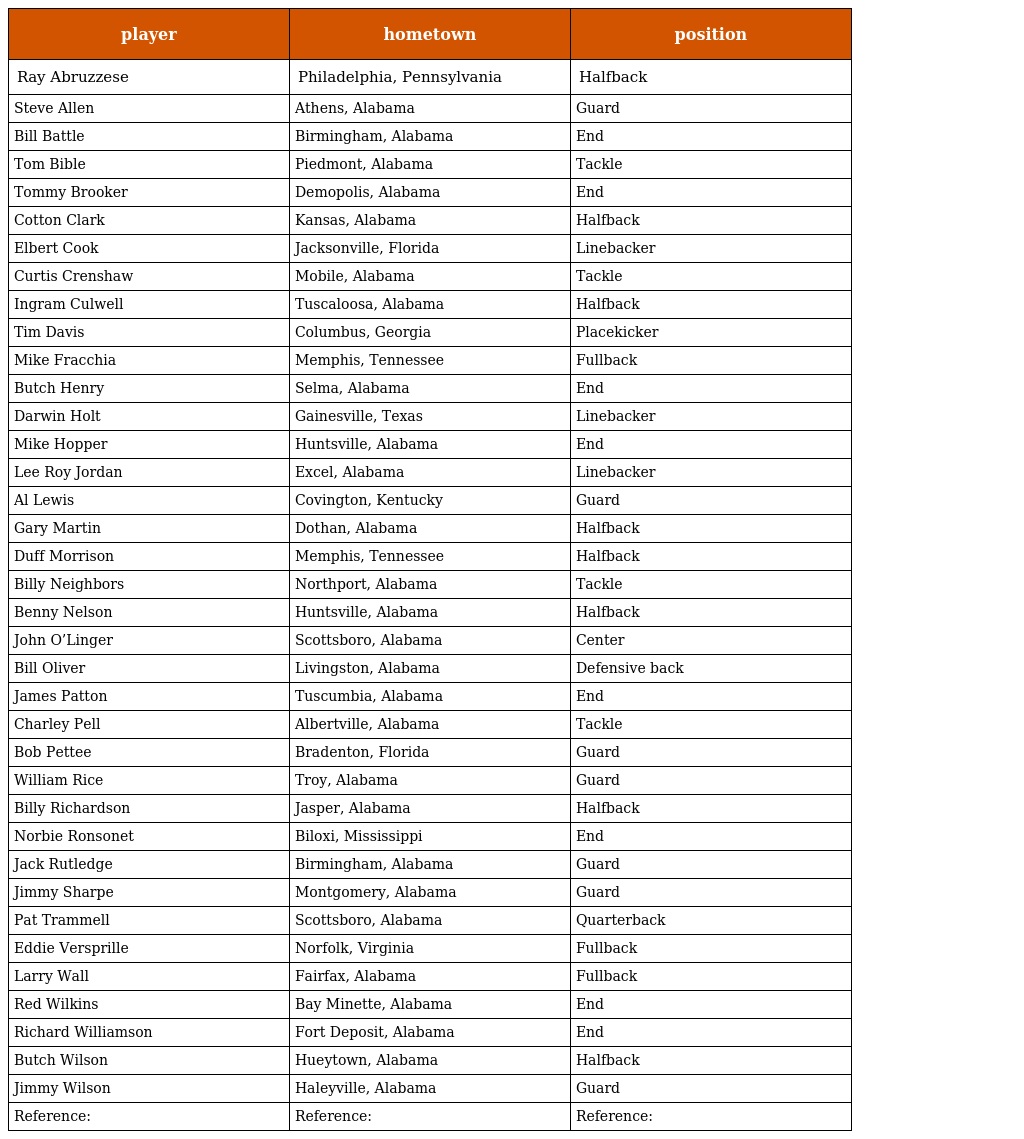
| player | hometown | position |
 | --- | --- | --- |
 | Ray Abruzzese | Philadelphia, Pennsylvania | Halfback |
 | Steve Allen | Athens, Alabama | Guard |
 | Bill Battle | Birmingham, Alabama | End |
 | Tom Bible | Piedmont, Alabama | Tackle |
 | Tommy Brooker | Demopolis, Alabama | End |
 | Cotton Clark | Kansas, Alabama | Halfback |
 | Elbert Cook | Jacksonville, Florida | Linebacker |
 | Curtis Crenshaw | Mobile, Alabama | Tackle |
 | Ingram Culwell | Tuscaloosa, Alabama | Halfback |
 | Tim Davis | Columbus, Georgia | Placekicker |
 | Mike Fracchia | Memphis, Tennessee | Fullback |
 | Butch Henry | Selma, Alabama | End |
 | Darwin Holt | Gainesville, Texas | Linebacker |
 | Mike Hopper | Huntsville, Alabama | End |
 | Lee Roy Jordan | Excel, Alabama | Linebacker |
 | Al Lewis | Covington, Kentucky | Guard |
 | Gary Martin | Dothan, Alabama | Halfback |
 | Duff Morrison | Memphis, Tennessee | Halfback |
 | Billy Neighbors | Northport, Alabama | Tackle |
 | Benny Nelson | Huntsville, Alabama | Halfback |
 | John O’Linger | Scottsboro, Alabama | Center |
 | Bill Oliver | Livingston, Alabama | Defensive back |
 | James Patton | Tuscumbia, Alabama | End |
 | Charley Pell | Albertville, Alabama | Tackle |
 | Bob Pettee | Bradenton, Florida | Guard |
 | William Rice | Troy, Alabama | Guard |
 | Billy Richardson | Jasper, Alabama | Halfback |
 | Norbie Ronsonet | Biloxi, Mississippi | End |
 | Jack Rutledge | Birmingham, Alabama | Guard |
 | Jimmy Sharpe | Montgomery, Alabama | Guard |
 | Pat Trammell | Scottsboro, Alabama | Quarterback |
 | Eddie Versprille | Norfolk, Virginia | Fullback |
 | Larry Wall | Fairfax, Alabama | Fullback |
 | Red Wilkins | Bay Minette, Alabama | End |
 | Richard Williamson | Fort Deposit, Alabama | End |
 | Butch Wilson | Hueytown, Alabama | Halfback |
 | Jimmy Wilson | Haleyville, Alabama | Guard |
 | Reference: | Reference: | Reference: |